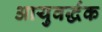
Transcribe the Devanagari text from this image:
आयुवर्द्धक